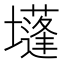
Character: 𡓄